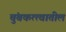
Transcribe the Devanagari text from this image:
चुंबकत्त्वातील